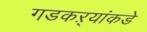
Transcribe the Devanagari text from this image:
गडकऱ्यांकडे